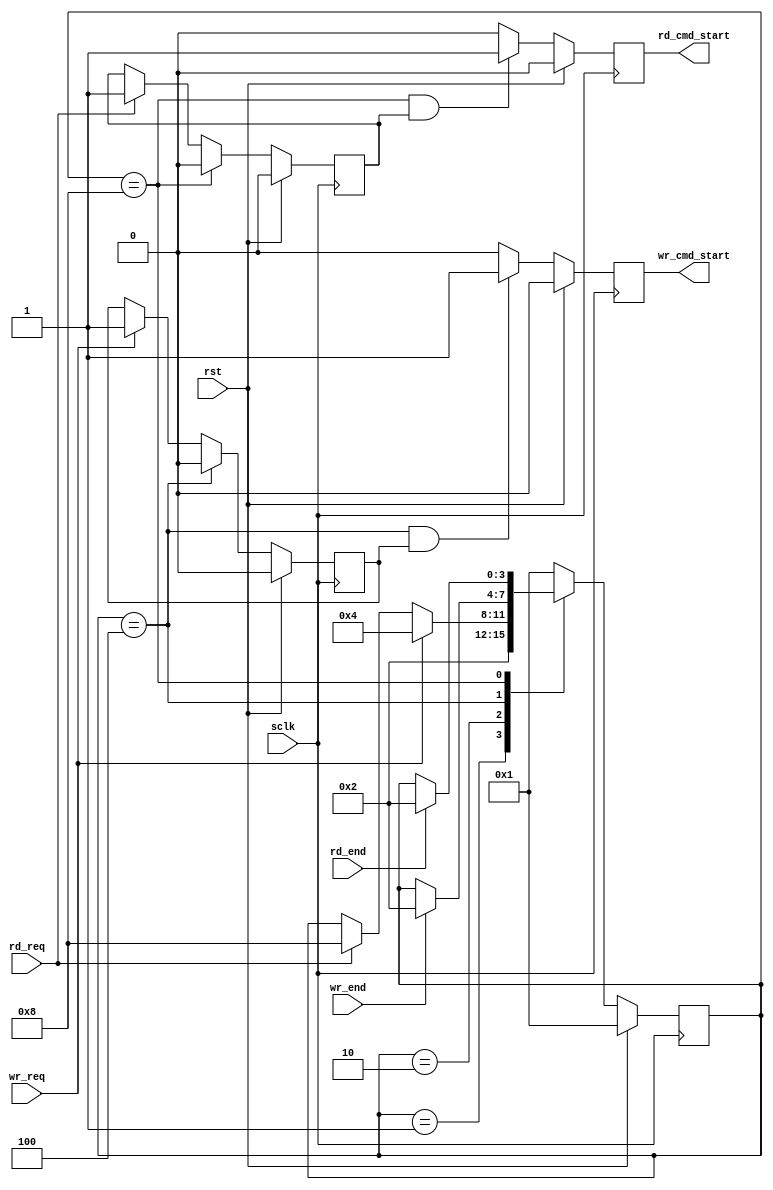
// -----------------------------------------------------------------------------
// Copyright (c) 2014-2019 All rights reserved
// -----------------------------------------------------------------------------
// wechat : 15921999232
// Create : 2019-09-16 11:20:30
// Revise : 2019-09-16 12:38:26
// Editor : sublime text3, tab size (4)
// -----------------------------------------------------------------------------
`timescale 1ns / 1ps
module arbit(
		input	wire 	sclk,
		input	wire 	rst,
		input	wire 	rd_req,
		input	wire 	wr_req,
		input	wire 	rd_end,
		input	wire 	wr_end,
		output	wire	rd_cmd_start,
		output	wire 	wr_cmd_start 
    );
parameter IDLE 	= 4'b0001;
parameter ARBIT = 4'b0010;
parameter WR 	= 4'b0100;
parameter RD 	= 4'b1000;

reg [3:0]	state;
reg 		wr_flag,rd_flag;
reg 		wr_start,rd_start;

assign  wr_cmd_start = wr_start;
assign  rd_cmd_start = rd_start;

always @(posedge sclk) begin
	if(rst == 1'b1)  begin
		state <= IDLE;
	end
	else begin
		case (state)
			IDLE : begin
				state <= ARBIT;
			end
			ARBIT: begin
				if(wr_req == 1'b1) begin
					state <= WR;
				end
				else if (rd_req == 1'b1) begin
					state <= RD;
				end
			end
			WR : begin
				if(wr_end == 1'b1) begin
					state <= ARBIT;
				end
			end
			RD : begin
				if(rd_end == 1'b1) begin
					state <= ARBIT;
				end
			end
			default : state <= IDLE;
		endcase
	end
end


always @(posedge sclk) begin
	if (rst == 1'b1) begin
		wr_flag <= 1'b0;
	end
	else if(state == WR )begin//&& wr_flag == 1'b1 ) begin
		wr_flag <= 1'b0;
	end
	else if (wr_req == 1'b1) begin
		wr_flag <= 1'b1;
	end
end

always @(posedge sclk) begin
	if (rst == 1'b1) begin
		wr_start <= 1'b0;
	end
	else if (state == WR && wr_flag == 1'b1) begin
		wr_start <= 1'b1;
	end
	else begin
		wr_start <= 1'b0;
	end
end

always @(posedge sclk) begin
	if (rst == 1'b1) begin
		rd_flag <= 1'b0;
	end
	else if (state == RD )begin//&& rd_flag == 1'b1) begin
		rd_flag <= 1'b0;
	end
	else if (rd_req == 1'b1) begin
		rd_flag <= 1'b1;
	end
end

always @(posedge sclk) begin
	if (rst == 1'b1) begin
		rd_start <= 1'b0;
	end
	else if (state == RD && rd_flag == 1'b1) begin
		rd_start <= 1'b1;
	end
	else begin
		rd_start <= 1'b0;
	end
end



endmodule